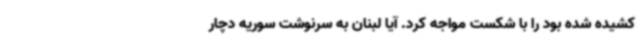
کشیده شده بود را با شکست مواجه کرد. آیا لبنان به سرنوشت سوریه دچار